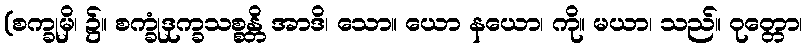
(စက္ခုမှိ၊ ၌။ စက္ခုံဒုက္ခသစ္စန္တိ အာဒိ၊ သော။ ယော နယော၊ ကို။ မယာ၊ သည်။ ဝုတ္တော၊